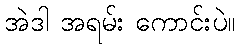
အဲဒါ အရမ်း ကောင်းပဲ။